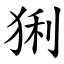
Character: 猁